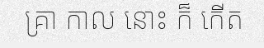
គ្រា កាល នោះ ក៏ កើត